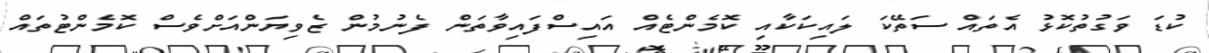
ކުޑަ ވަގުތުކޮޅު އެތައް ސަތޭކަ ލައިކަކާއި ކޮމެންޓެއް އައިސްފައިވާތަން ފެނުމުން ޒެވިޔަންއަށްވެސް ކޮމެންޓުތައް